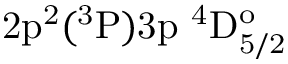
\mathrm { 2 p ^ { 2 } ( ^ { 3 } P ) 3 p ~ ^ { 4 } D _ { 5 / 2 } ^ { o } }